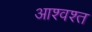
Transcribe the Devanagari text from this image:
आश्वश्त